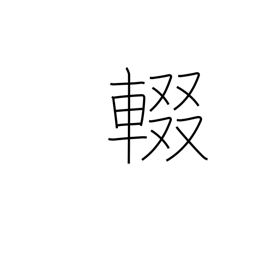
Meaning: stop